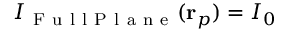
I _ { \mathrm { ~ F ~ u ~ l ~ l ~ P ~ l ~ a ~ n ~ e ~ } } ( \mathbf { r } _ { p } ) = I _ { 0 }